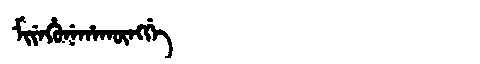
Manchu: ᠮᡳᠶᡝᡥᡠᠨᡝᡥᠠᡴᡡᠩᡤᡝ
Romanization: MIYEHUNEHAKŪNGGE